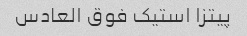
پیتزا استیک فوق العادس